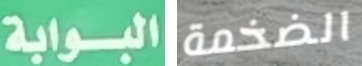
البوابة الضخمة